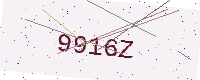
Text: 9916Z